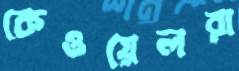
কেওয়েলরা